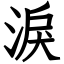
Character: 淚